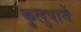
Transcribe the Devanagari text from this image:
कुलुपाने